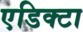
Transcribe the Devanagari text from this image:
एडिक्टा